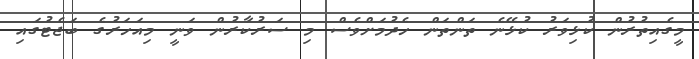
މީގެއިތުރުން ކުޅިވަރު ކުޅޭނެ ތަންތަން ހެދުމަށްވެސް މި ސަރުކާރުން ވަނީ މިއަހަރުގެ ބަޖެޓުގައި